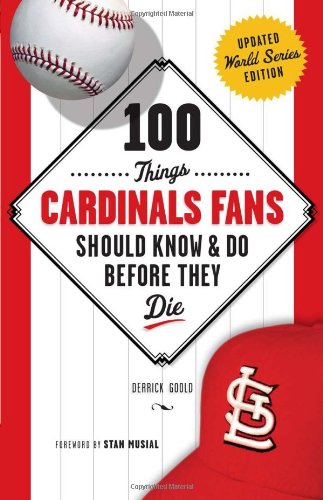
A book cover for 100 Things Cardinals Fans Should Know & Do Before They Die (100 Things...Fans Should Know); Derrick Goold; Sports & Outdoors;